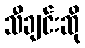
သီချင်းဆို